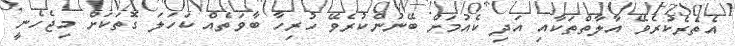
އެތެރެކުރެވޭ އާލާތްތަކާއި އަދި ކެއުމަށް ބޭނުންކުރެވޭ ހުރިހާ ބާވަތެއް ކަހަލަ ގޮތަކަށް މިޖެހެނީ